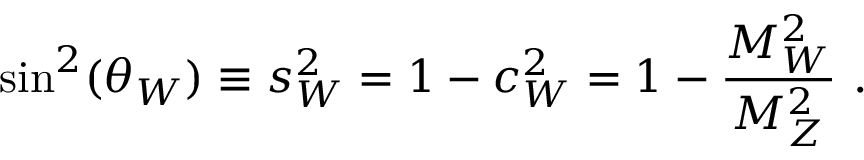
{ \sin ^ { 2 } ( \theta _ { W } ) \equiv s _ { W } ^ { 2 } = 1 - c _ { W } ^ { 2 } = 1 - { \frac { M _ { W } ^ { 2 } } { M _ { Z } ^ { 2 } } } } \ .